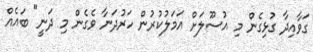
ގަވާއިދާ ގުޅިގެން މި އުސޫލަށް އަމަލުކުރުން ހަރުދަނާ ވެގެން މި ދަނީ" ބައެއް